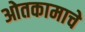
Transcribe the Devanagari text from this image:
ओतकामाचे